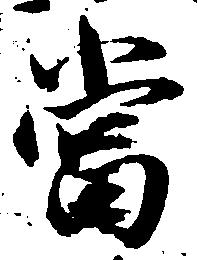
当